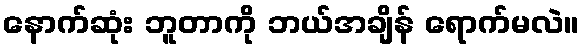
နောက်ဆုံး ဘူတာကို ဘယ်အချိန် ရောက်မလဲ။